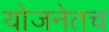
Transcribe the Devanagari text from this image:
योजनेतच